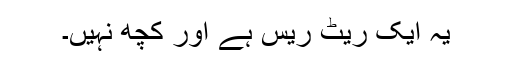
یہ ایک ریٹ ریس ہے اور کچھ نہیں۔